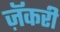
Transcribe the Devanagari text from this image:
ज़ॅकरी